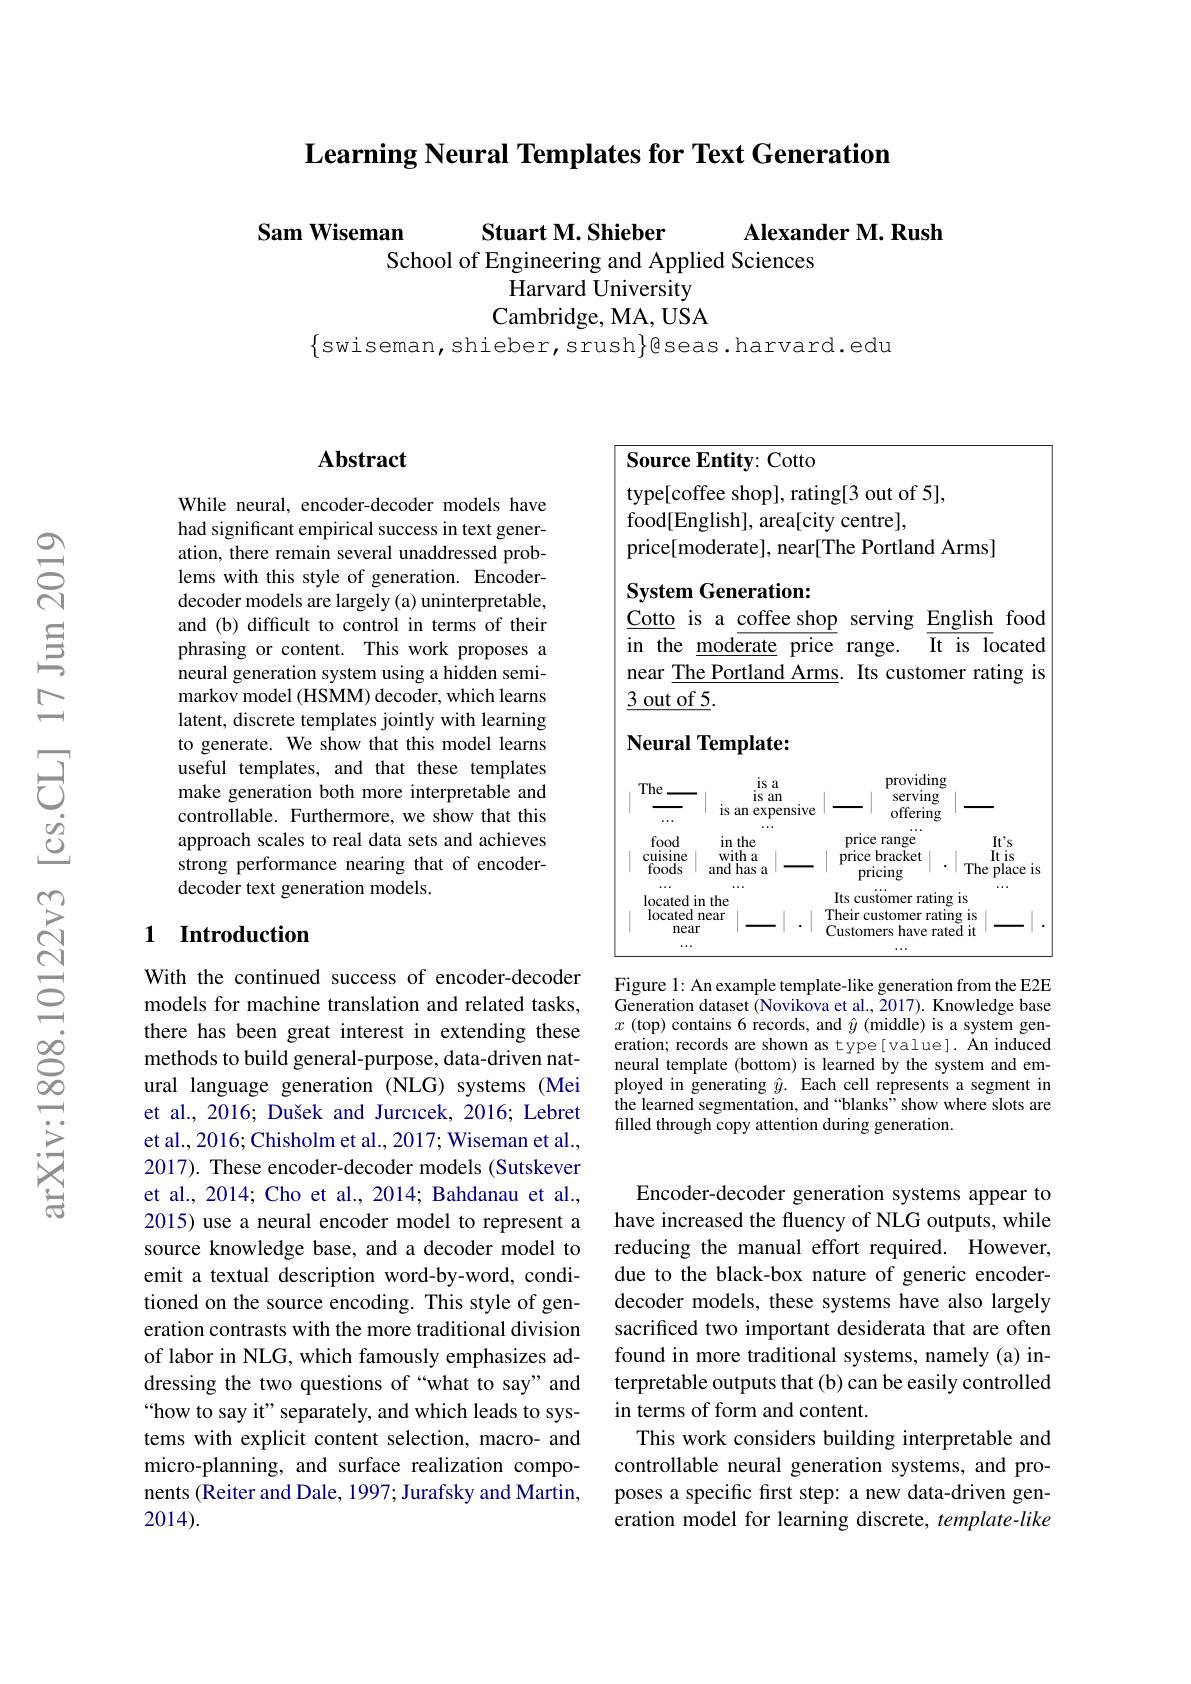
Learning Neural Templates for Text Generation

Alexander M. Rush
Sam Wiseman
Stuart M. Shieber
School of Engineering and Applied Sciences
Harvard University Cambridge, MA, USA

$\{$swiseman,shieber,srush$\}$gseas.harvard.edu

### $\mathbf{Abstract}$

While neural, encoder-decoder models have had significant empirical success in text generation, there remain several unaddressed problems with this style of generation. Encoderdecoder models are largely (a) uninterpretable, and (b) difficult to control in terms of their phrasing or content. This work proposes a neural generation system using a hidden semimarkov model (HSMM) decoder, which learns latent, discrete templates jointly with learning to generate. We show that this model learns useful templates, and that these templates make generation both more interpretable and controllable. Furthermore, we show that this approach scales to real data sets and achieves strong performance nearing that of encoderdecoder text generation models.

### 1 Introduction

With the continued success of encoder-decoder models for machine translation and related tasks, there has been great interest in extending these methods to build general-purpose, data-driven natural language generation (NLG) systems (Mei et al., 2016; Dušek and Jurcıcek, 2016; Lebret et al., 2016; Chisholm et al., 2017; Wiseman et al., 2017). These encoder-decoder models (Sutskever et al., 2014; Cho et al., 2014; Bahdanau et al., 2015) use a neural encoder model to represent a source knowledge base, and a decoder model to emit a textual description word-by-word, conditioned on the source encoding. This style of generation contrasts with the more traditional division of labor in NLG, which famously emphasizes addressing the two questions of “what to say”and “how to say it" separately, and which leads to systems with explicit content selection, macro- and micro-planning, and surface realization components (Reiter and Dale, 1997; Jurafsky and Martin, 2014).

Source Entity: Cotto
type[coffee shop], rating[3 out of 5],
food[English], area[city centre],
price[moderate], near[The Portland Arms]
System Generation:
$\underline{\mathrm{Cotto}}$ is a coffee shop serving English food in the $\underline{\mathrm{moderate}}$ price range. It is located near $\underline\text{The Portland Arms}.$ Its customer rating is $\underline{3\:\text{out of }5}.$

### Neural Template:

<FigureHere>

Figure 1: An example template-like generation from the E2E Generation dataset (Novikova et al., 2017). Knowledge base $x\allowbreak ( {\mathrm{mod}} $contains 6 records, and $\hat{y} \allowbreak ( {\mathrm{mod}} $le) is a system gen- )) eration; records are shown as type[value]. An induced neural template (bottom) is learned by the system and employed in generating $\hat{y}.$ Each cell represents a segment in the learned segmentation, and “blanks" show where slots are filled through copy attention during generation.

Encoder-decoder generation systems appear to have increased the fluency of NLG outputs, while reducing the manual effort required. However, due to the black-box nature of generic encoderdecoder models, these systems have also largely sacrificed two important desiderata that are often found in more traditional systems, namely (a) interpretable outputs that (b) can be easily controlled in terms of form and content.
This work considers building interpretable and controllable neural generation systems, and proposes a specific first step: a new data-driven generation model for learning discrete, template-like